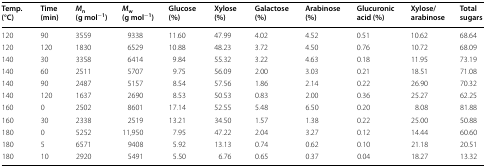
<table><thead><tr><td><b>Temp. (°C)</b></td><td><b>Time (min)</b></td><td><b><i>M</i><sub>n</sub> (g mol<sup>−1</sup>)</b></td><td><b><i>M</i><sub>w</sub> (g mol<sup>−1</sup>)</b></td><td><b>Glucose (%)</b></td><td><b>Xylose (%)</b></td><td><b>Galactose (%)</b></td><td><b>Arabinose (%)</b></td><td><b>Glucuronic acid (%)</b></td><td><b>Xylose/arabinose</b></td><td><b>Total sugars</b></td></tr></thead><tbody><tr><td>120</td><td>90</td><td>3559</td><td>9338</td><td>11.60</td><td>47.99</td><td>4.02</td><td>4.52</td><td>0.51</td><td>10.62</td><td>68.64</td></tr><tr><td>120</td><td>120</td><td>1830</td><td>6529</td><td>10.88</td><td>48.23</td><td>3.72</td><td>4.50</td><td>0.76</td><td>10.72</td><td>68.09</td></tr><tr><td>140</td><td>30</td><td>3358</td><td>6414</td><td>9.84</td><td>55.32</td><td>3.22</td><td>4.63</td><td>0.18</td><td>11.95</td><td>73.19</td></tr><tr><td>140</td><td>60</td><td>2511</td><td>5707</td><td>9.75</td><td>56.09</td><td>2.00</td><td>3.03</td><td>0.21</td><td>18.51</td><td>71.08</td></tr><tr><td>140</td><td>90</td><td>2487</td><td>5157</td><td>8.54</td><td>57.56</td><td>1.86</td><td>2.14</td><td>0.22</td><td>26.90</td><td>70.32</td></tr><tr><td>140</td><td>120</td><td>1637</td><td>2690</td><td>8.53</td><td>50.53</td><td>0.83</td><td>2.00</td><td>0.36</td><td>25.27</td><td>62.25</td></tr><tr><td>160</td><td>0</td><td>2502</td><td>8601</td><td>17.14</td><td>52.55</td><td>5.48</td><td>6.50</td><td>0.20</td><td>8.08</td><td>81.88</td></tr><tr><td>160</td><td>30</td><td>2338</td><td>2519</td><td>13.21</td><td>34.50</td><td>1.57</td><td>1.38</td><td>0.22</td><td>25.00</td><td>50.88</td></tr><tr><td>180</td><td>0</td><td>5252</td><td>11,950</td><td>7.95</td><td>47.22</td><td>2.04</td><td>3.27</td><td>0.12</td><td>14.44</td><td>60.60</td></tr><tr><td>180</td><td>5</td><td>6571</td><td>9408</td><td>5.92</td><td>13.13</td><td>0.74</td><td>0.62</td><td>0.10</td><td>21.18</td><td>20.51</td></tr><tr><td>180</td><td>10</td><td>2920</td><td>5491</td><td>5.50</td><td>6.76</td><td>0.65</td><td>0.37</td><td>0.04</td><td>18.27</td><td>13.32</td></tr></tbody></table>